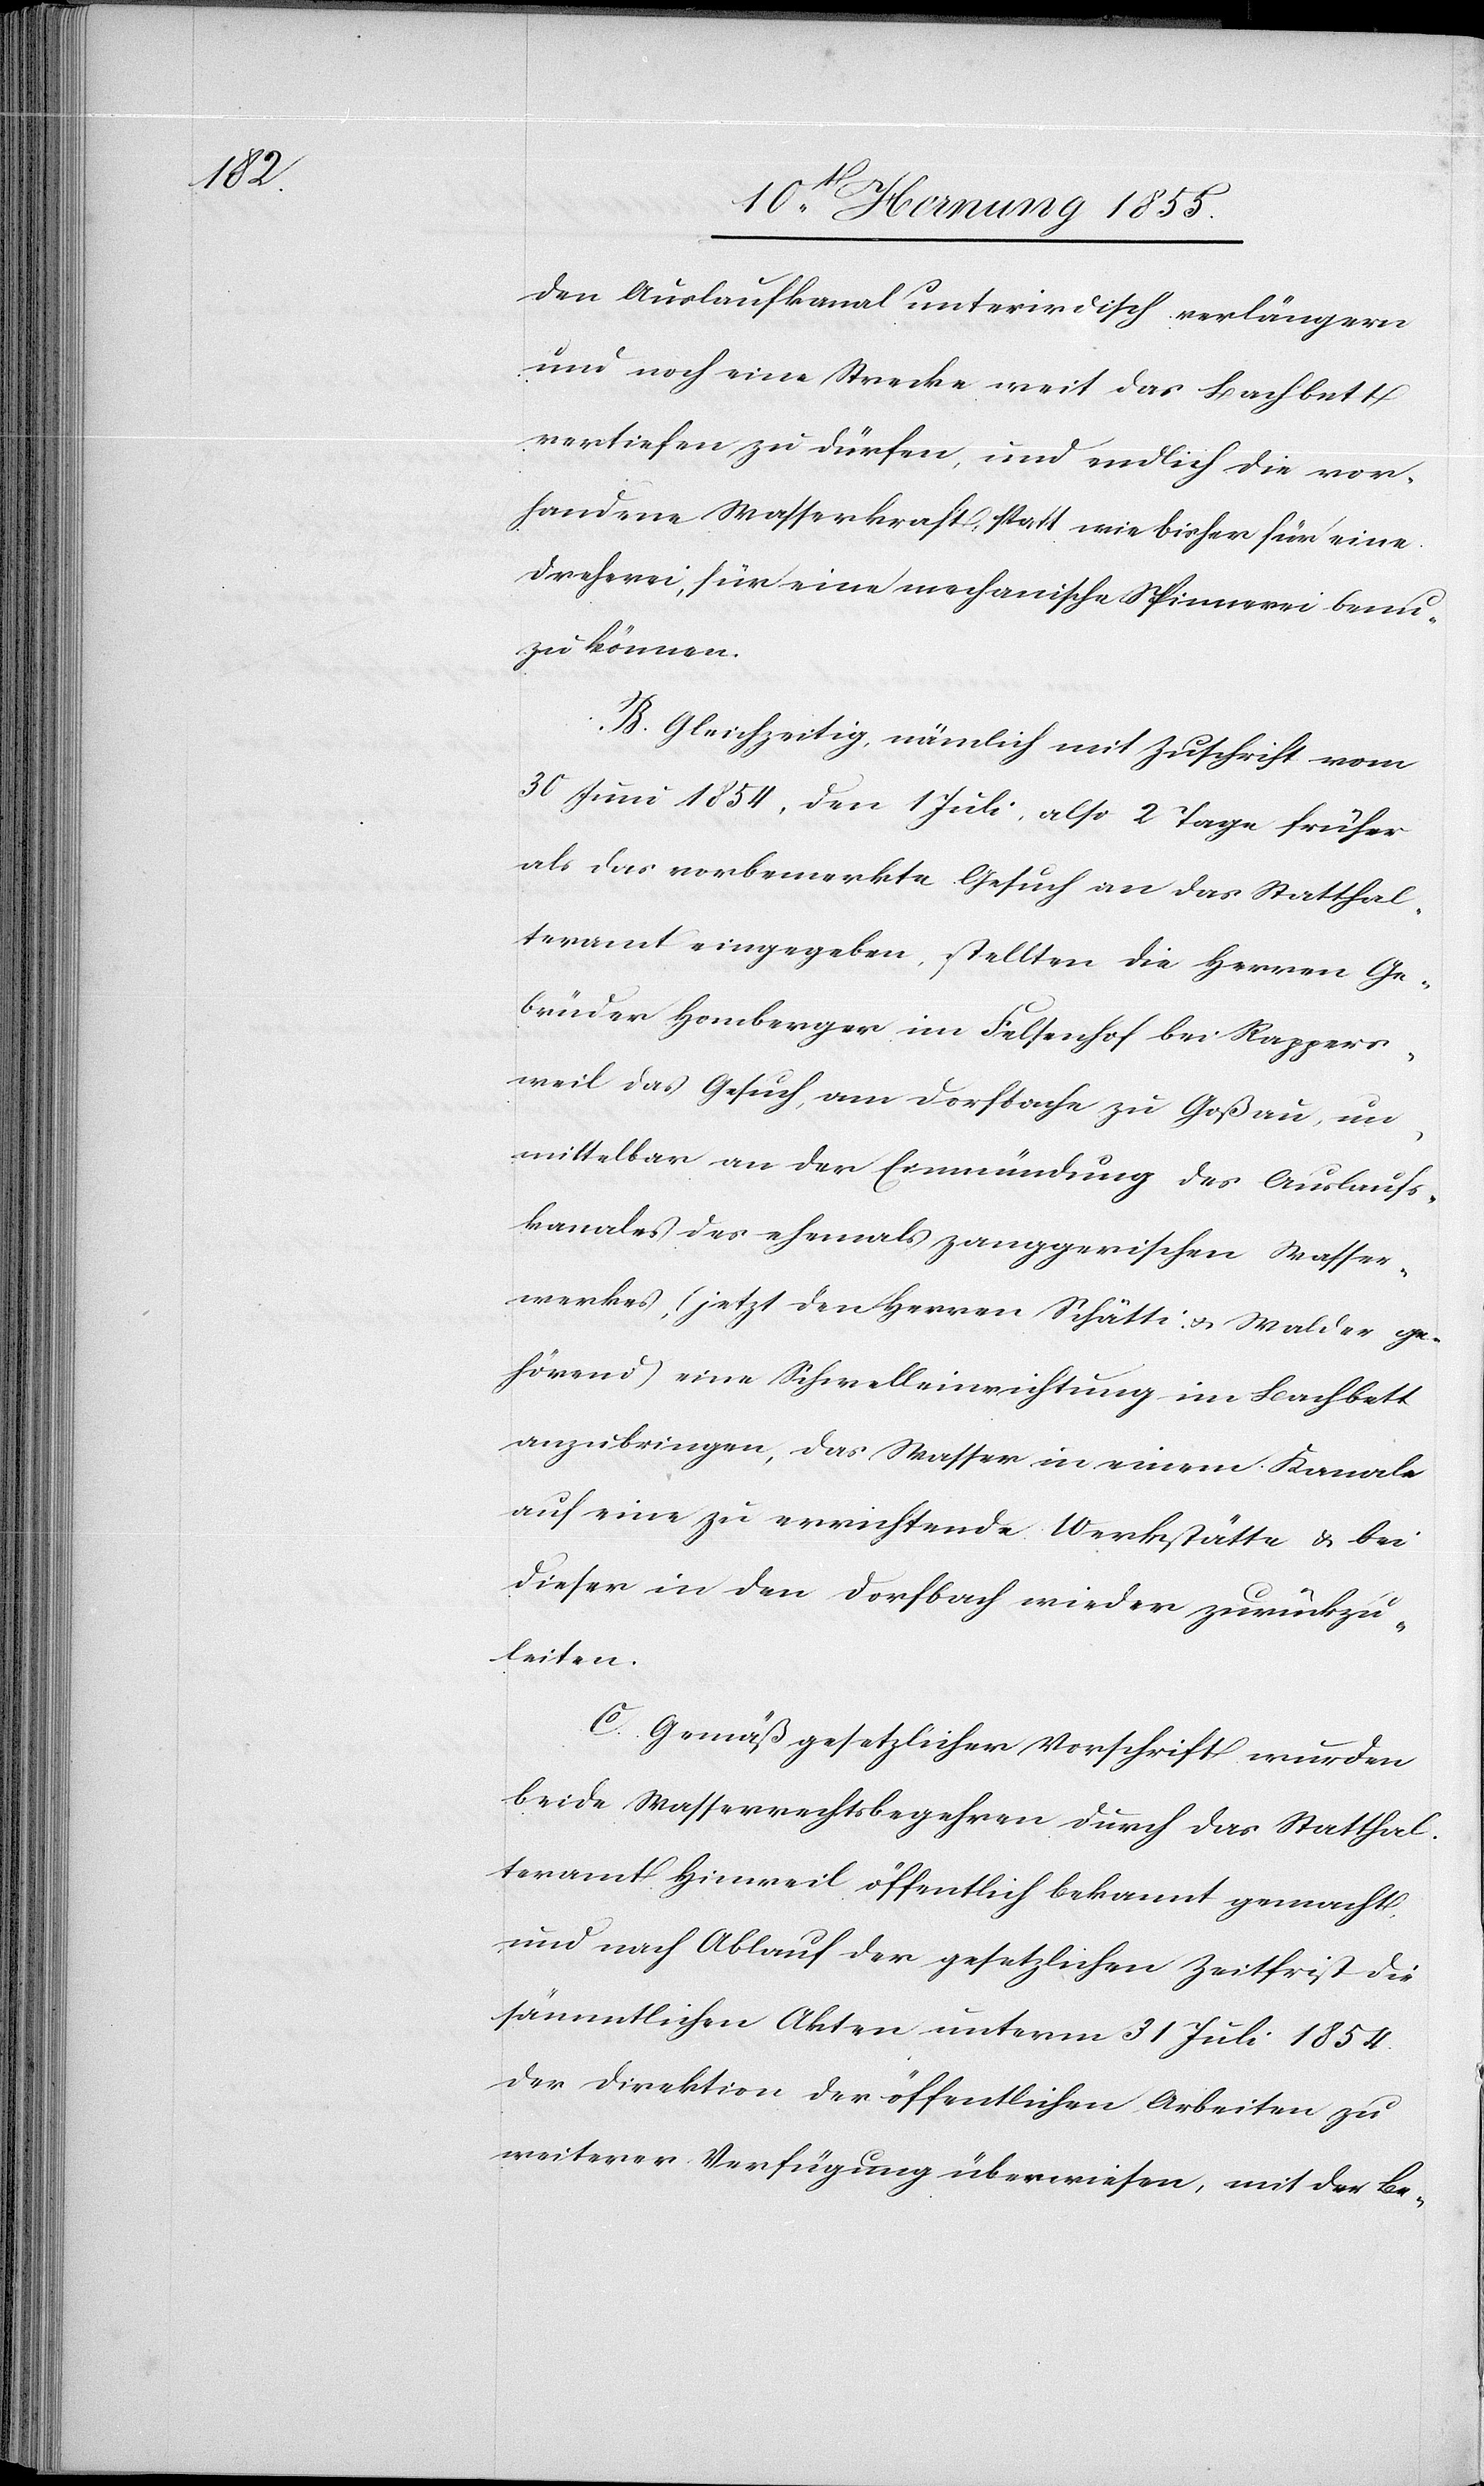
u[tzen]

den Auslaufkanal unterirdisch verlängern
und noch eine Strecke weit das Bachbett
vertiefen zu dürfen, und endlich die vor¬
handene Wasserkraft, statt wie bisher für eine
Dreherei, für eine mechanische Spinnerei ben¬
zu können.
B. Gleichzeitig, nämlich mit Zuschrift vom
30 Juni 1854, den 1 Juli, also 2 Tage früher
als das vorbemerkte Gesuch an das Statthal¬
teramt eingegeben, stellten die Herren Ge¬
brüder Homberger im Felsenhof bei Rappers¬
weil das Gesuch, am Dorfbache zu Goßau, un¬
mittelbar an der Einmündung des Auslaufs¬
kanales des ehemals zanggerischen Wasser¬
werkes, (jetzt den Herren Schätti & Walder ge¬
hörend) eine Schwelleinrichtung im Bachbett
anzubringen, das Wasser in einem Kanale
auf eine zu errichtende Werkstätte & bei
dieser in den Dorfbach wieder zurückzu¬
leiten.
C. Gemäß gesetzlicher Vorschrift wurden
beide Wasserrechtsbegehren durch das Statthal¬
teramt Hinweil öffentlich bekannt gemacht,
und nach Ablauf der gesetzlichen Zeitfrist die
sämmtlichen Akten unterm 31 Juli 1854.
der Direktion der öffentlichen Arbeiten zu
weiterer Verfügung überwiesen, mit der Be-